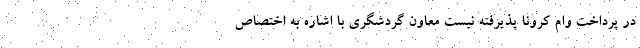
در پرداخت وام کرونا پذیرفته نیست معاون گردشگری با اشاره به اختصاص